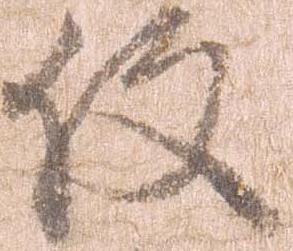
役